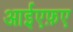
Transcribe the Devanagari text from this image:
आईएफ़ए